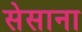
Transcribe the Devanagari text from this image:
सेसाना